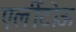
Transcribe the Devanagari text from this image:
एर्लीटोऊ